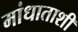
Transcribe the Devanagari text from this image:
मांधाताशी